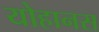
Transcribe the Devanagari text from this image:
योहानस